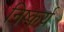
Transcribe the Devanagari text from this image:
निष्कर्य